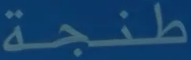
طنجة